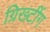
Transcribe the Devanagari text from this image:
ग्रिख्टींग